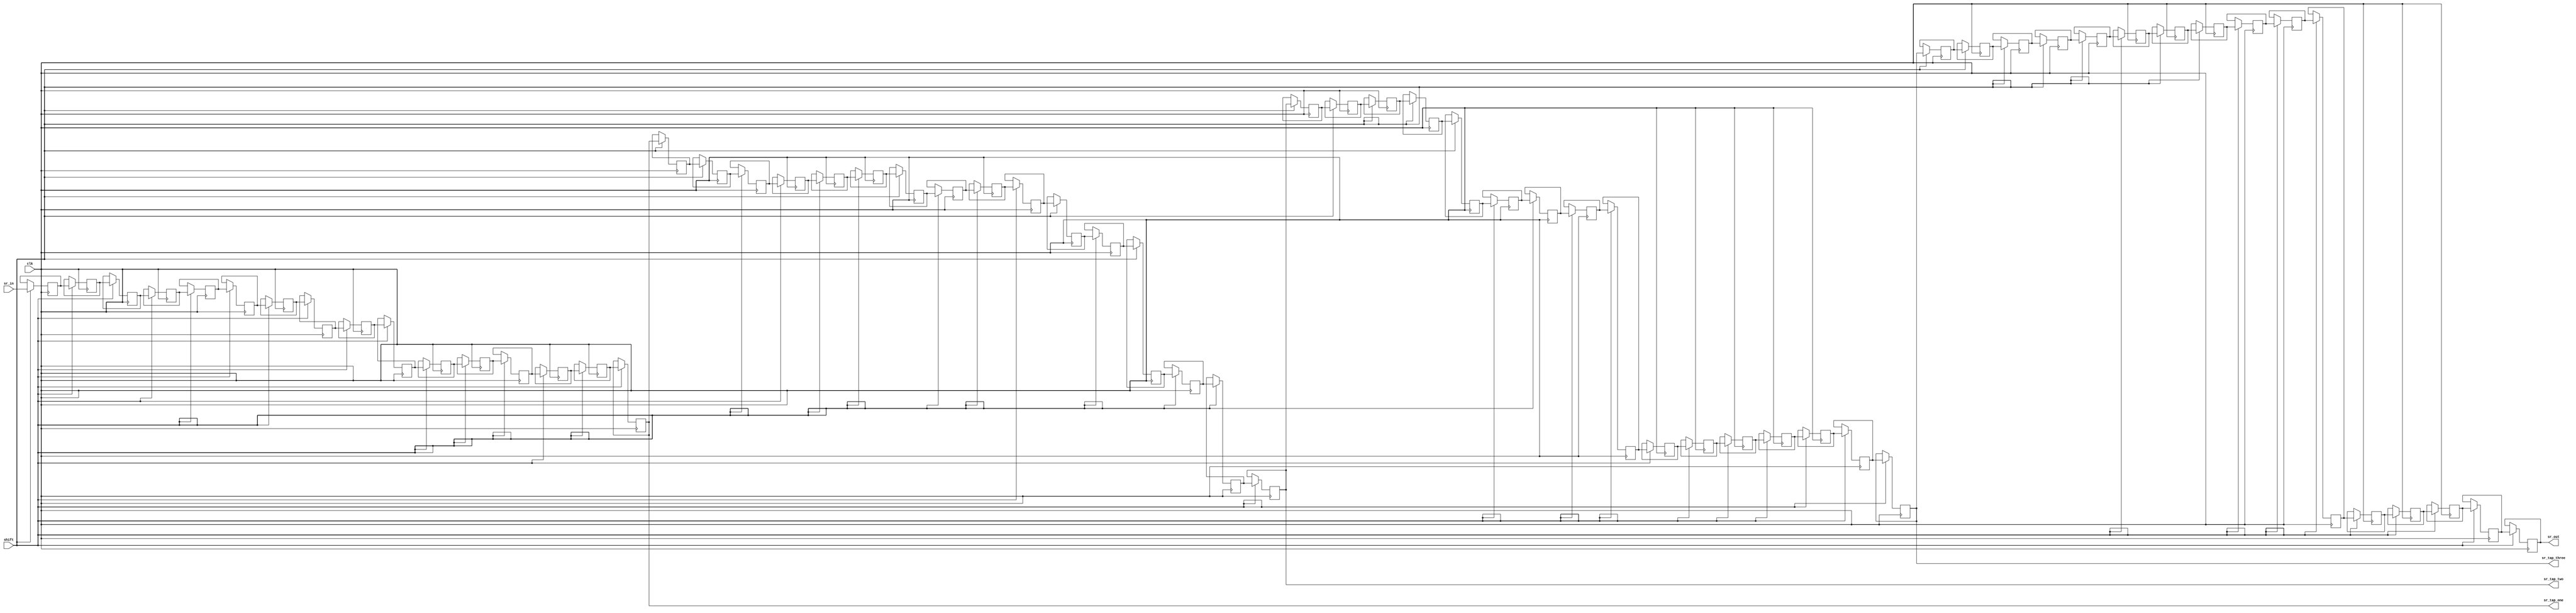
module shift_8x64_taps 				(clk, 
				shift,
				sr_in,
				sr_out,
				sr_tap_one,
				sr_tap_two,
				sr_tap_three,
		 		);
  
	input clk, shift;

	input [7:0] sr_in;
	output [7:0] sr_tap_one, sr_tap_two, sr_tap_three, sr_out;

	reg [7:0] sr [63:0];
	integer n;

 	always@(posedge clk)
	begin
		if (shift == 1'b1)
		begin
			for (n = 63; n>0; n = n-1)
			begin
				sr[n] <= sr[n-1];
			end 

			sr[0] <= sr_in;
		end 
	end 
	
	assign sr_tap_one = sr[15];
	assign sr_tap_two = sr[31];
	assign sr_tap_three = sr[47];
	assign sr_out = sr[63];

endmodule